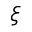
\xi